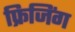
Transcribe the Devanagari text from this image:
फ्रिजिंग